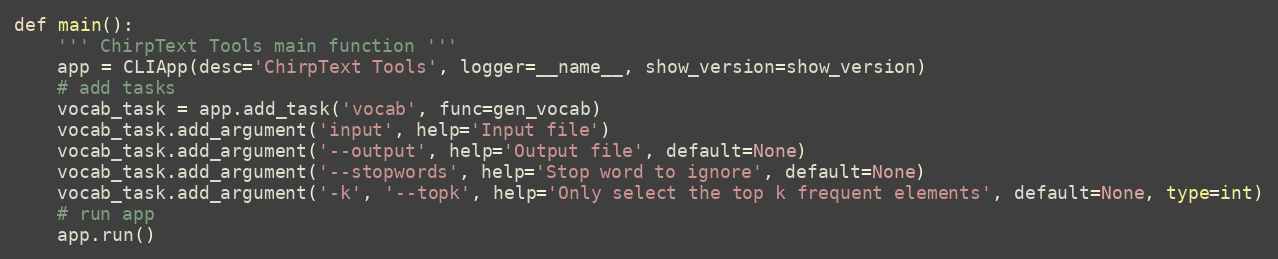
Language: Python
def main():
    ''' ChirpText Tools main function '''
    app = CLIApp(desc='ChirpText Tools', logger=__name__, show_version=show_version)
    # add tasks
    vocab_task = app.add_task('vocab', func=gen_vocab)
    vocab_task.add_argument('input', help='Input file')
    vocab_task.add_argument('--output', help='Output file', default=None)
    vocab_task.add_argument('--stopwords', help='Stop word to ignore', default=None)
    vocab_task.add_argument('-k', '--topk', help='Only select the top k frequent elements', default=None, type=int)
    # run app
    app.run()